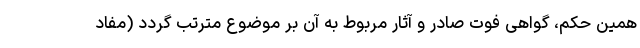
همین حکم، گواهی فوت صادر و آثار مربوط به آن بر موضوع مترتب گردد (مفاد